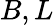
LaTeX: B,L